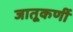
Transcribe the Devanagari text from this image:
जातूकर्णी